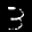
Label: 3